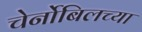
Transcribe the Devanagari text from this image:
चेर्नोबिलच्या